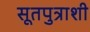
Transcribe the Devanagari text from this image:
सूतपुत्राशी